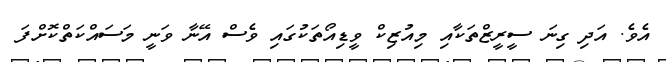
އެވެ. އަދި ގިނަ ސީރީޒްތަކާއި މިއުޒިކް ވީޑިއޯތަކުގައި ވެސް އޭނާ ވަނީ މަސައްކަތްކޮށްފަ